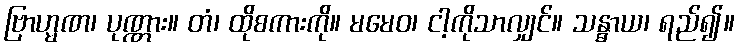
ဗြာဟ္မဏ၊ ပုဏ္ဏား။ တံ၊ ထိုစကားကို။ မမေဝ၊ ငါ့ကိုသာလျှင်။ သန္ဓာယ၊ ရည်၍။